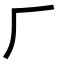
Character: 𠂆